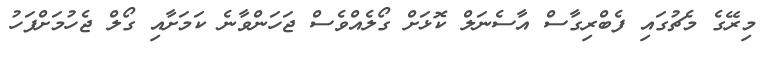
މިރޭގެ މެޗުގައި ފެބްރިގާސް އާސެނަލް ކޮޅަށް ގޯލެއްވެސް ޖަހަންވާނެ ކަމަށާއި ގޯލް ޖެހުމަށްފަހު